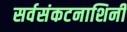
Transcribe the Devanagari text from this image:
सर्वसंकटनाशिनी